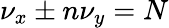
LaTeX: \nu_{x}\pm n\nu_{y}=N